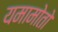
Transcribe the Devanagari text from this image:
यमामोतो